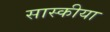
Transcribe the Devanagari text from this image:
सास्कीया